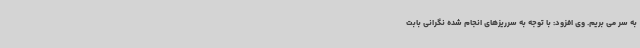
به سر می بریم. وی افزود: با توجه به سرریزهای انجام شده نگرانی بابت